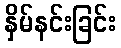
နှိမ်နင်းခြင်း